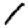
Digit: 1